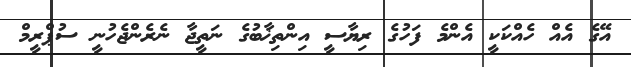
އޭގެ އެއް ހެއްކަކީ އެންމެ ފަހުގެ ރިޔާސީ އިންތިޚާބުގެ ނަތީޖާ ނެރެންޖެހުނީ ސުޕްރީމް